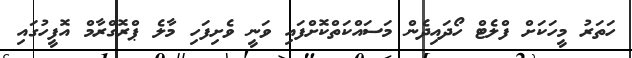
ހަތަރު މީހަކަށް ފްލެޓް ހޯދައިދެން މަސައްކަތްކޮށްފައި ވަނީ ވެށިފަހި މާލެ ޕްރޮގްރާމް އޮފީހުގައި